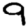
Digit: 9